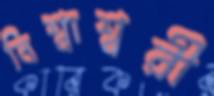
বিশ্বাশ্বরী